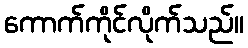
ကောက်ကိုင်လိုက်သည်။